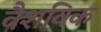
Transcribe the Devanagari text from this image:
वैशविक